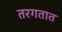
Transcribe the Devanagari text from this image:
तरगतात